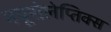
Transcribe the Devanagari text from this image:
नयूरोलेप्तिक्स